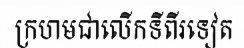
ក្រហមជាលើកទីពីរទៀត